Loodushoiu_ja_Turismi_Instituut, lk 256
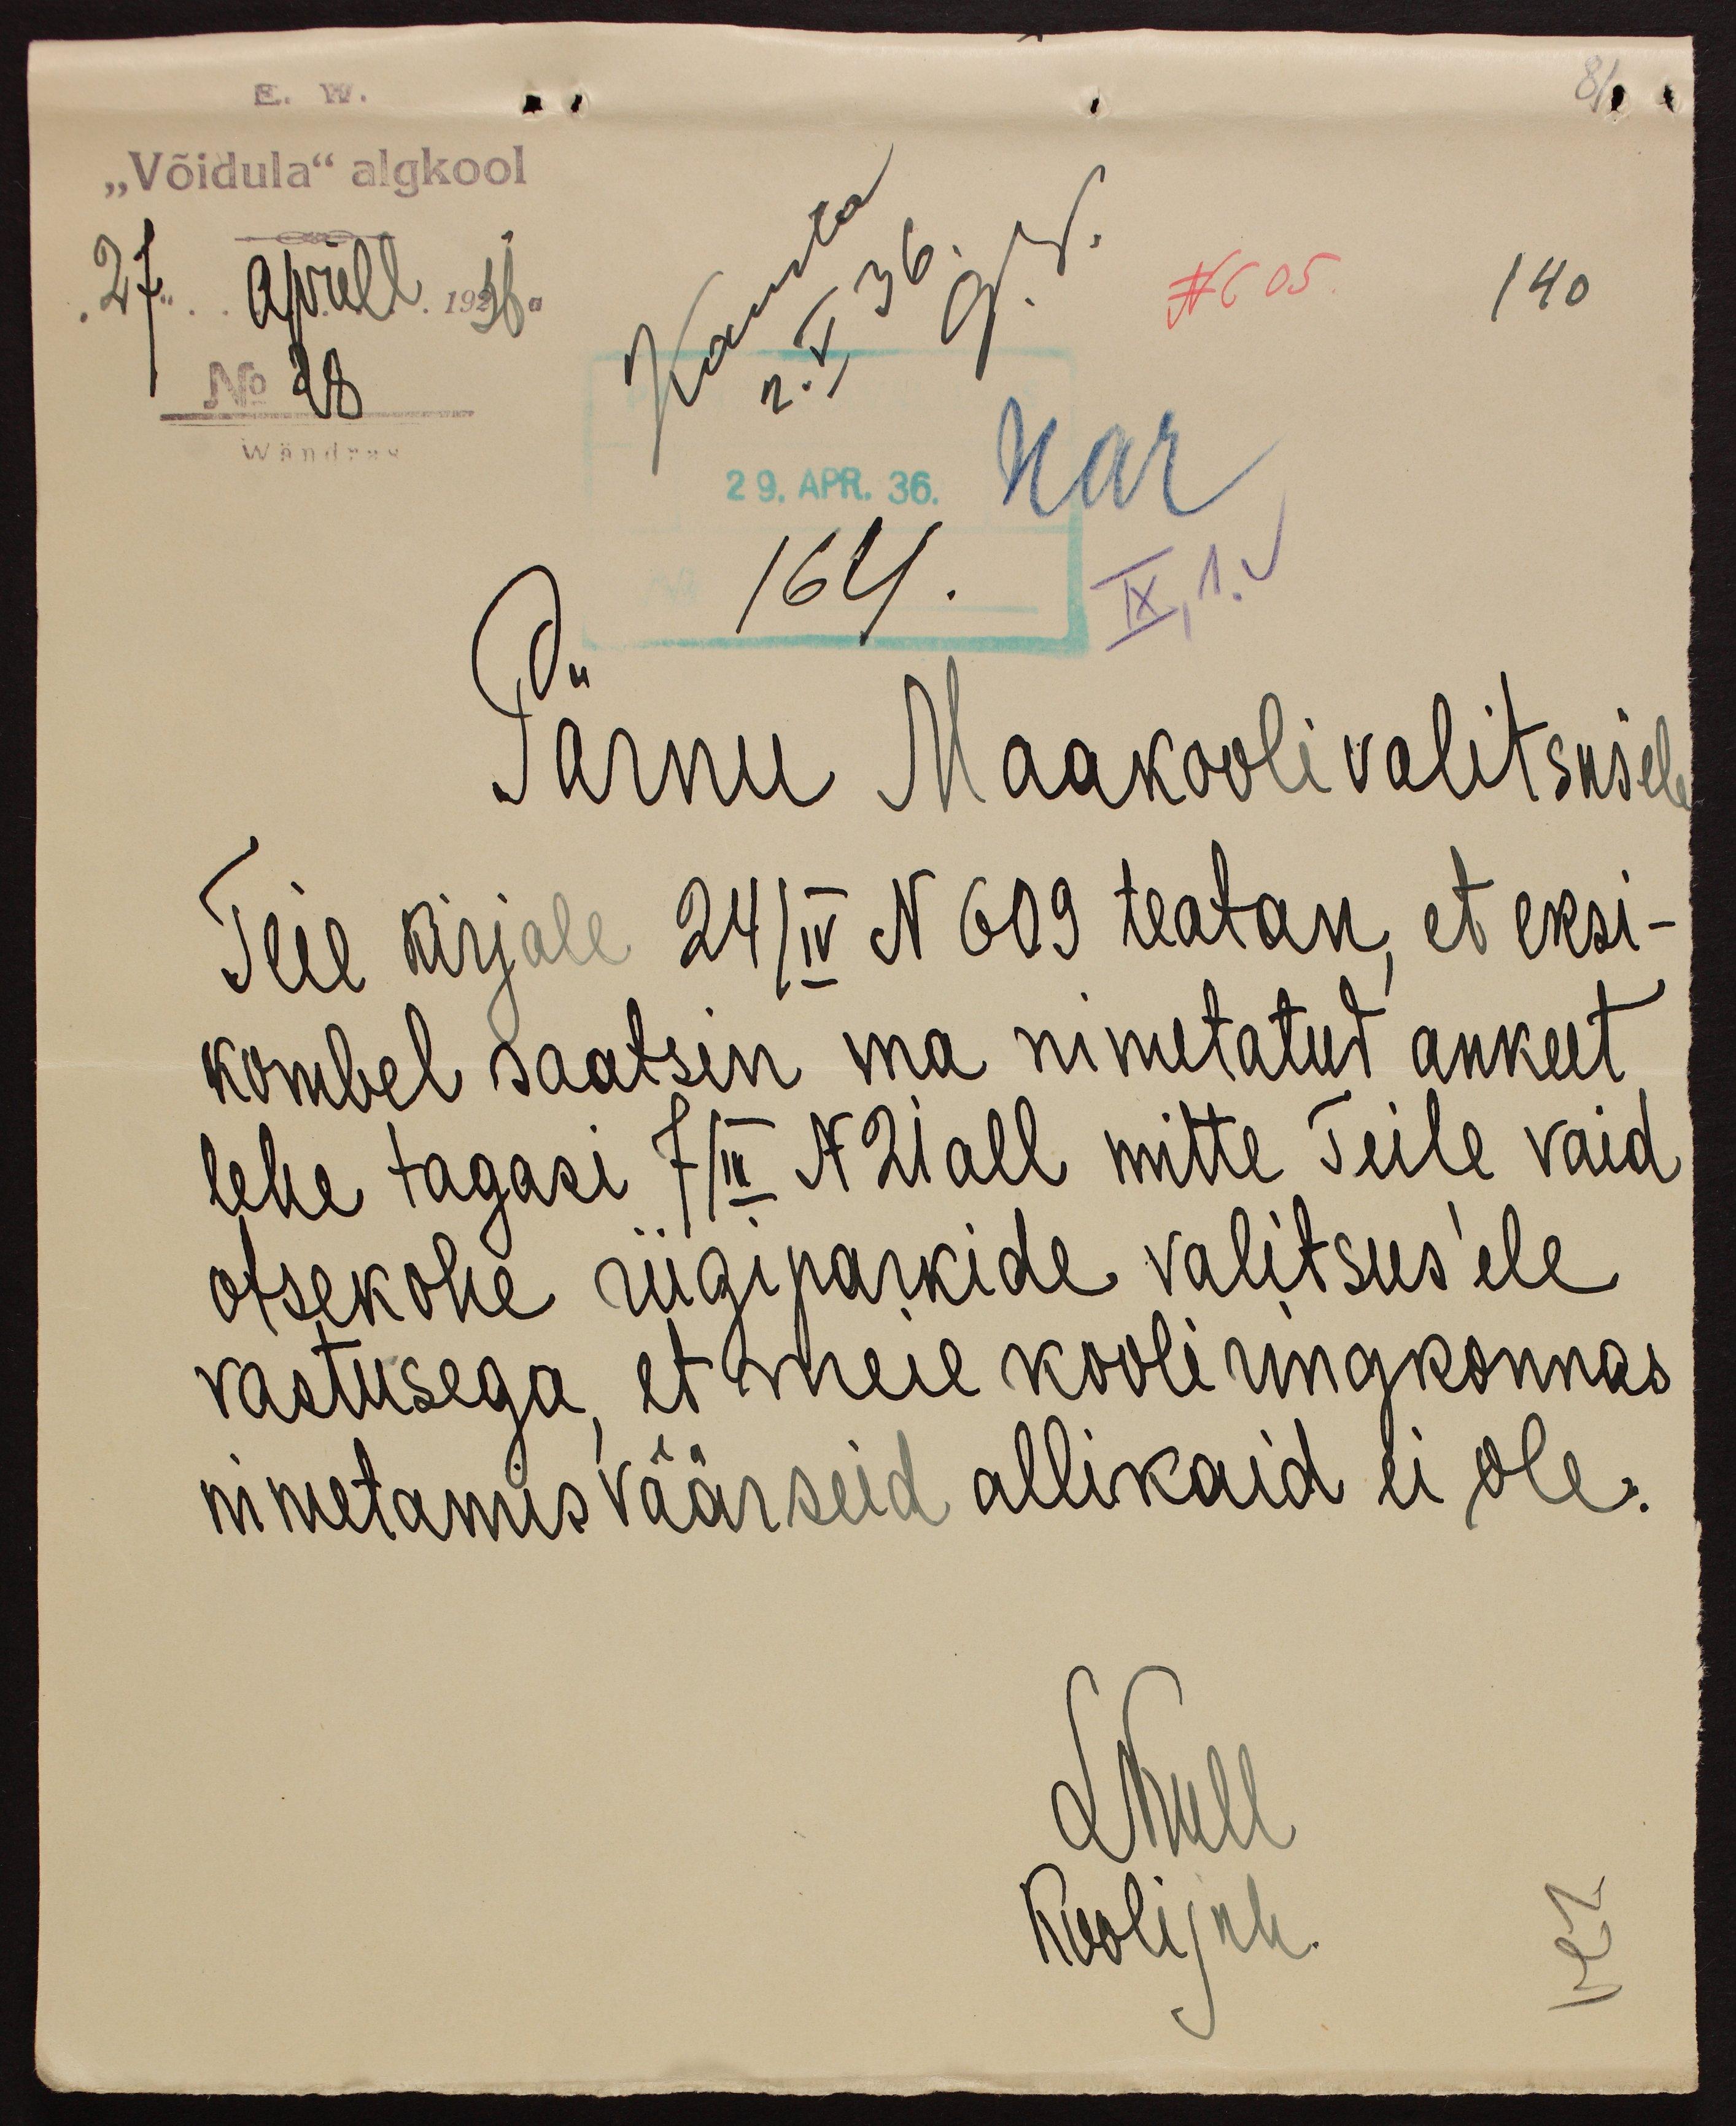
E. W.
„Võidula" algkool
27. aprill 1936.
N 605
140
No 28
Wändras
29. APR. 36.
Pärnu Maakoolivalitsusele
Teie kirjale 24/IV N 609 teatan, et eksi-
kombel saatsin ma nimetatud ankeet
lehe tagasi 7/II N 21 all mitte Teile vaid
otsekohe riigiparkide valitsusele
vastusega, et meie kooli ringkonnas
nimetamisväärseid allikaid ei ole.
LKull
Koolijuh.